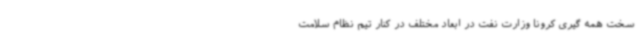
سخت همه گیری کرونا وزارت نفت در ابعاد مختلف در کنار تیم نظام سلامت